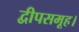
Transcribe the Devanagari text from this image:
द्वीपसमूह।